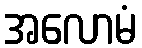
အလောမံ